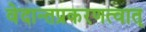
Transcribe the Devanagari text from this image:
वेदान्तप्रकरणत्वात्